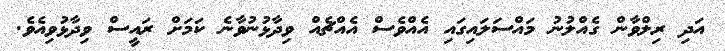
އަދި ރިލްވާން ގެއްލުނު މައްސަލައިގައި އެއްވެސް އެއްޗެއް ވިދާޅުނުވާނެ ކަމަށް ރައީސް ވިދާޅުވިއެވެ.